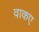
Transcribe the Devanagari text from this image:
वाकए